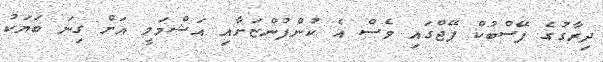
ދިރާގުގެ ފޭސްބުކް ޕޭޖްގައި ވެސް އެ ކުންފުންޏަށާއި އަޝްމަލީ އަށް ގިނަ ބަޔަކު